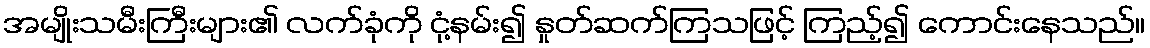
အမျိုးသမီးကြီးများ၏ လက်ခုံကို ငုံ့နမ်း၍ နှုတ်ဆက်ကြသဖြင့် ကြည့်၍ ကောင်းနေသည်။